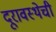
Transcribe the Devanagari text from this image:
दूरावस्थेची